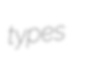
types